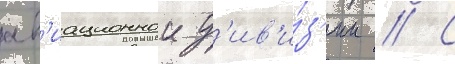
ав'иационнои д'ив'и́з'ии // С